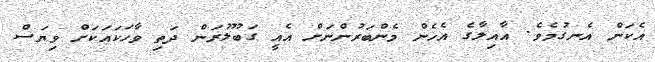
އެކަން އެނގުމެވެ. އާއިލާގެ އެހެން މެންބަރުންނަށް އެއީ ގަބޫލުރަން ދަތި ވާހަކައަކަށް ވިޔަސް